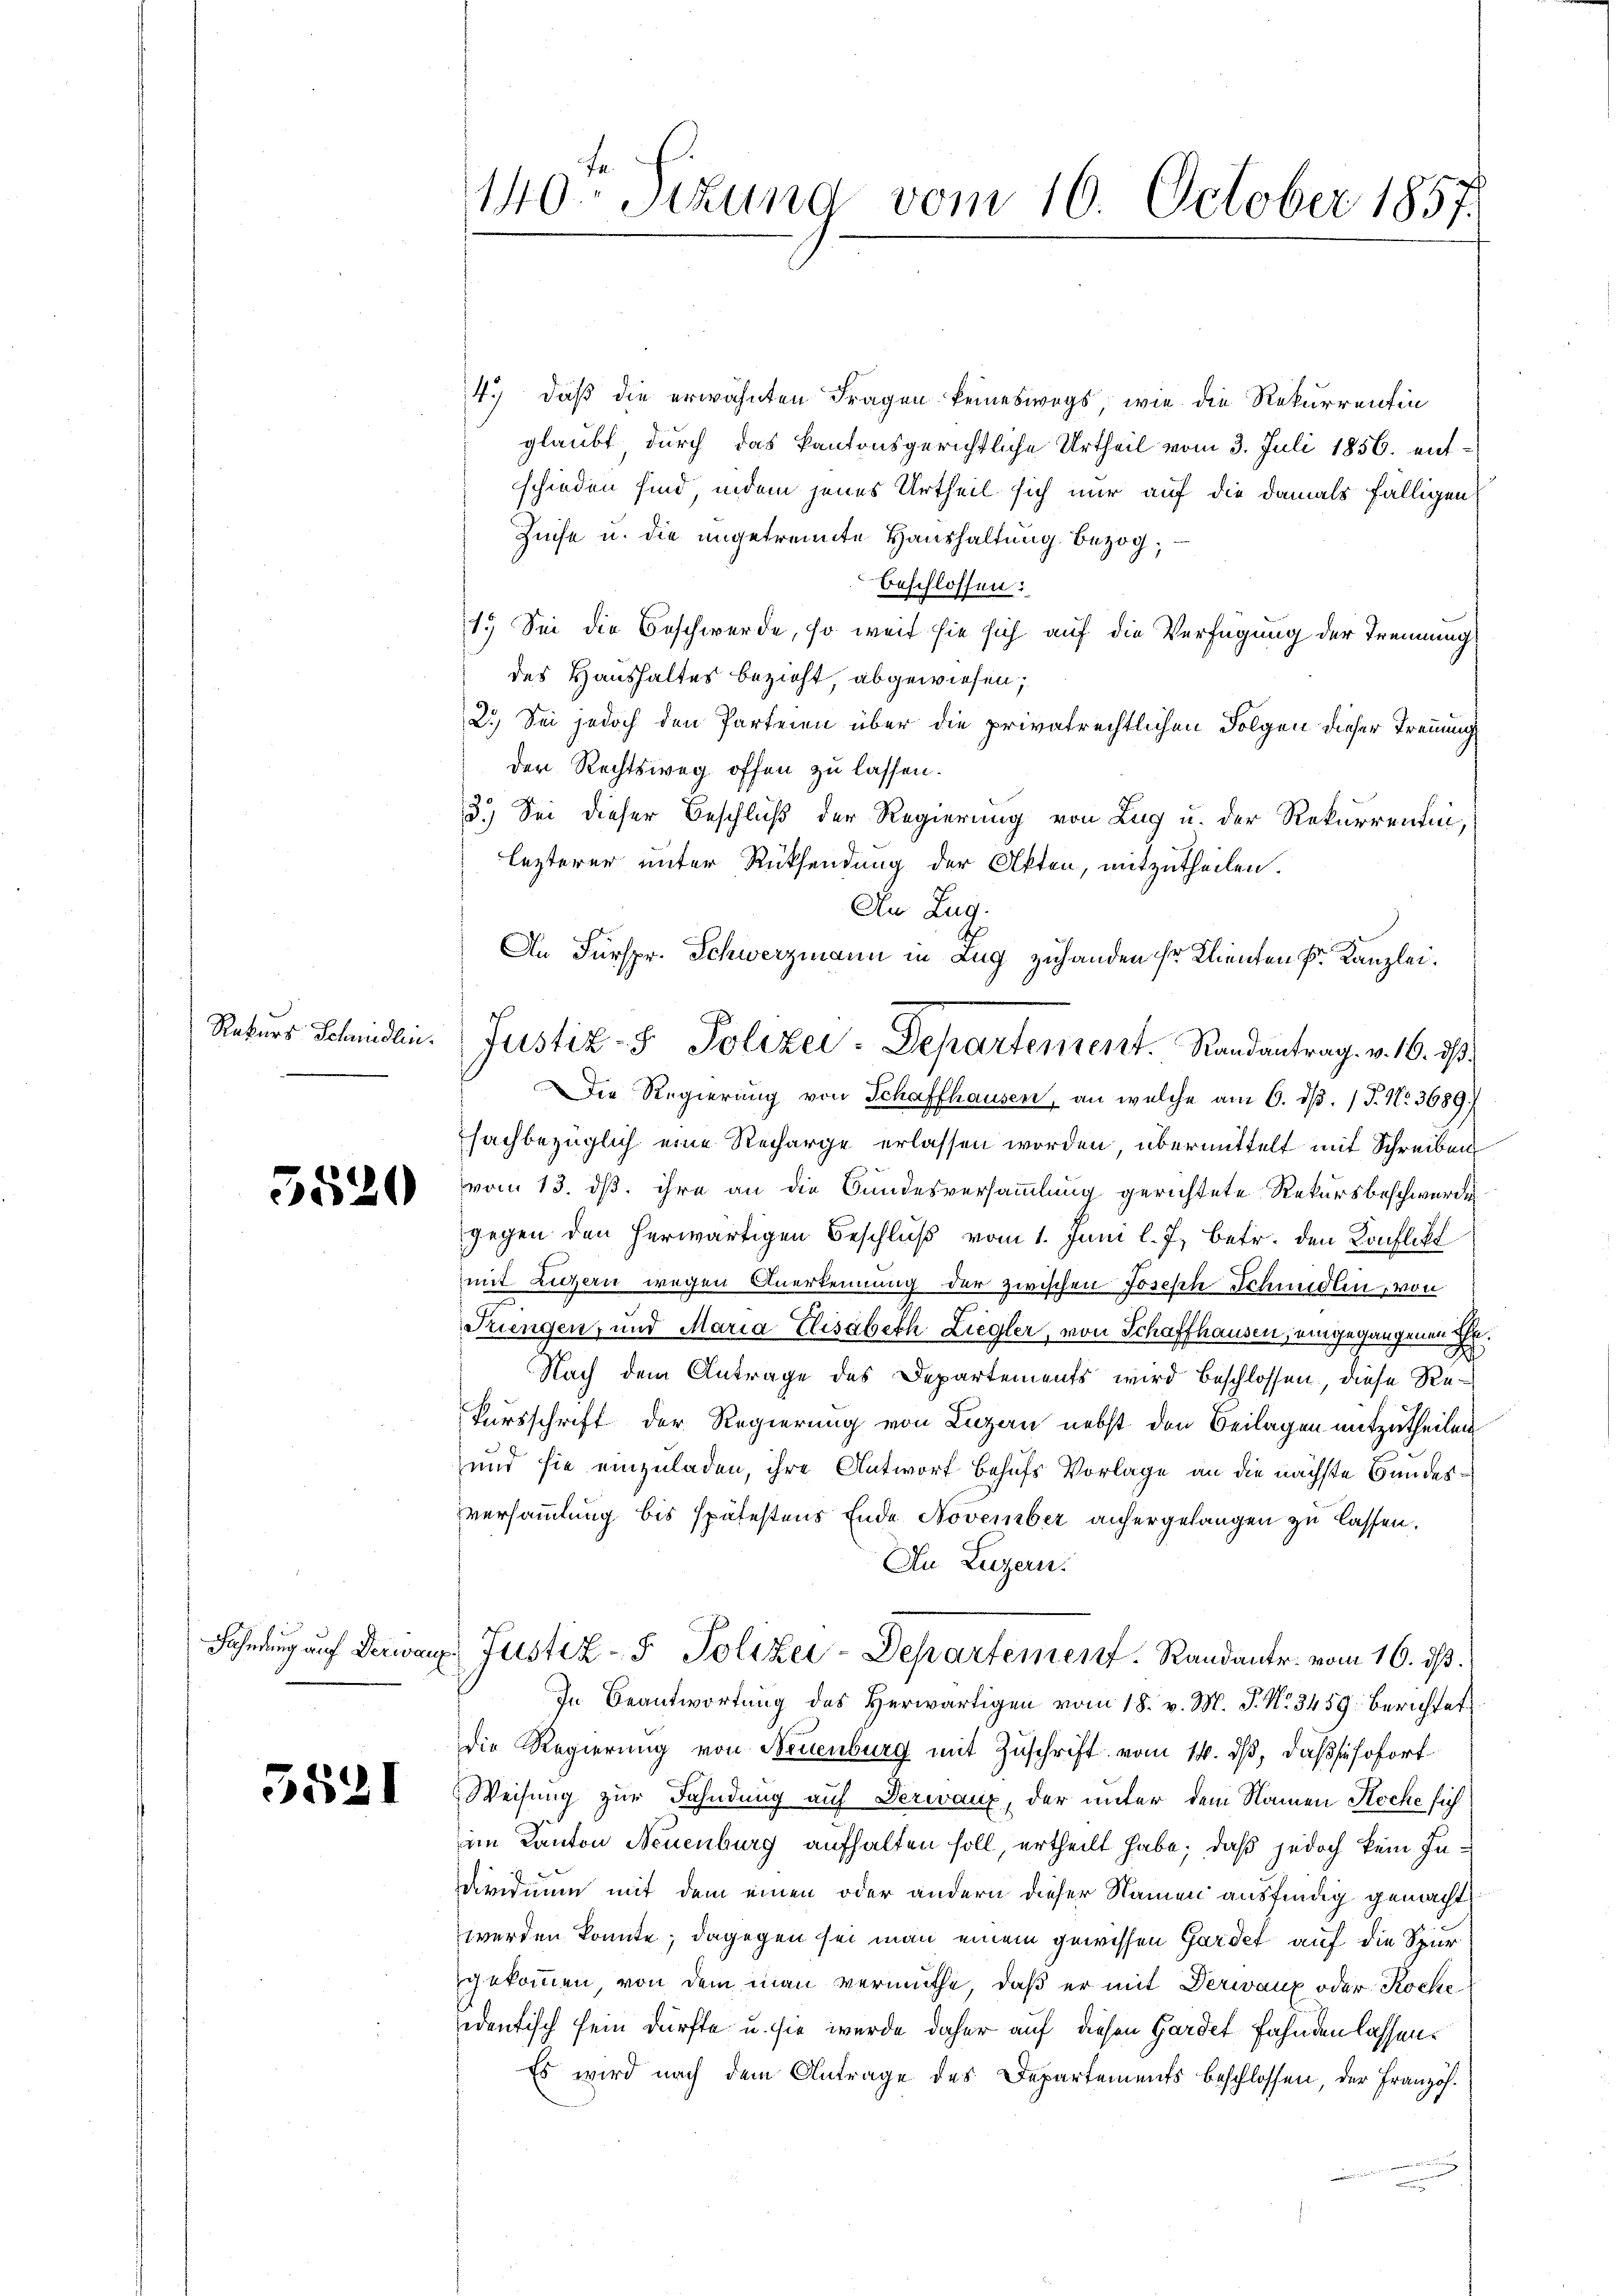
5520

3531

4.) daß die erwähnten Fragen keineswegs, wie die Rekurrentin
glaubt durch das kantonsgerichtliche Urtheil vom 3. Juli 1856. entschieden sind, indem jenes Urtheil sich nur auf die damals fälligen
Zinse u. die angetrennte Haushaltung bezogbeschlossen:
1.) Sei die Beschwerde, so weit sie sich auf die Verfügung der Trennungs
des Haushaltes bezieht, abgewiesen;
2.) Sei jedoch den Parteien über die privatrechtlichen Folgen dieser Trennung
der Rechtsweg offen zu lassen.
3.) Sei dieser Beschluß der Regierung von Lug u. der Rekurrentin,
lezterer unter Rücksendung der Akten, mitzutheilen.
An Zug.
An Fürspr. Schwerzmann in Zug zuhanden sr Klienten Fr. Kanzlei.
sachbezüglich eine Recharge erlassen worden, übermittelt mit Schreiben
vom 13. ds. ihre an die Bundesversammlung gerichtete Rekursbeschwerde
gegen den herwärtigen Beschluß vom 1. Juni l. J. betr. den Konflikt
mit Luzern wegen Anerkennung der zwischen Joseph Schmidlin, von
Frengen, und Maria Elisabeth Liegler, von Schaffhausen, eingegangenen Er¬
Nach dem Antrage des Departements wird beschlossen, diese Rekursschrift der Regierung von Luzan nebst den Beilagen mitzutheilen
und sie einzuladen, ihre Antworf behufs Vorlage an die nächste Bundesversammlung bis spätestens Ende November anhergelangen zu lassen.
In Luzern.
Fahndung auf Verwang. Justiz- & Polizei-Departement. Randante. vom 16. ds.
In Beantwortung des Herwärtigen vom 18. v. M. P. Nr. 3459: Berichtet
die Regierung von Neuenburg mit Zuschrift vom 14. ds, daß sie sofort
Weisung zur Fahndung auf Verwaux, der unter dem Namen Koche sich
im Kanton Neuenburg aufhalten soll, ertheilt habe; daß jedoch kein Individuum mit dem einen oder andern dieser Namen ausfindig gemacht
werden konnte; dagegen sei man einem gewissen Gardet auf die Spur
gekommen von dem man vermuthe, daß er mit Derwanz oder Kocheidentisch sein dürfte u. sie wurde daher auf diesen Gardet fahnden lassen.
Es wird nach dem Antrage des Departements beschlossen, der Französ.

140. Sekung vom 16. October 1857.

Rekurs Schiedlin. Justiz- & Polizei-Departement. Randantrag. v. 16. ds.
Die Regierung von Schaffhausen, an welche am 6. dβ. / P. Nr. 3689.